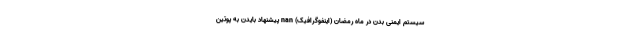
سیستم ایمنی بدن در ماه رمضان (اینفوگرافیک) nan پیشنهاد بایدن به پوتین